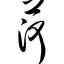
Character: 菏